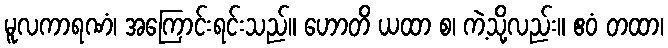
မူလကာရဏံ၊ အကြောင်းရင်းသည်။ ဟောတိ ယထာ စ၊ ကဲ့သို့လည်း။ ဧဝံ တထာ၊